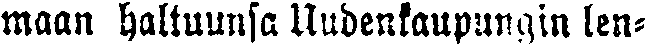
maan haltuunsa Uudenkaupungin len-